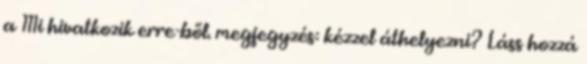
a Mi hivatkozik erre-ből. megjegyzés: kézzel áthelyezni? Láss hozzá